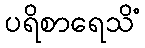
ပရိစာရေသိံ